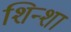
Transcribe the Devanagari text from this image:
शिन्शा